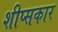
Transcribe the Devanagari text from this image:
शीप्सकार